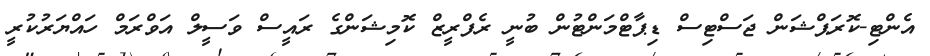
އެންޓި-ކޮރަޕްޝަން ޖަސްޓިސް ޑިޕާޓްމަންޓުން ބުނީ ރެފްރީޒް ކޮމިޝަންގެ ރައީސް ވަސީލް އަވްރަމް ހައްޔަރުކުރީ